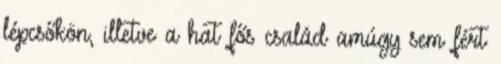
lépcsőkön, illetve a hat fős család amúgy sem fért